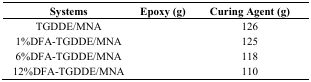
<table><thead><tr><td><b>Systems</b></td><td><b>Epoxy (g)</b></td><td><b>Curing Agent (g)</b></td></tr></thead><tbody><tr><td>TGDDE/MNA</td><td>[EMPTY_CELL]</td><td>126</td></tr><tr><td>1%DFA-TGDDE/MNA</td><td>[EMPTY_CELL]</td><td>125</td></tr><tr><td>6%DFA-TGDDE/MNA</td><td>[EMPTY_CELL]</td><td>118</td></tr><tr><td>12%DFA-TGDDE/MNA</td><td>[EMPTY_CELL]</td><td>110</td></tr></tbody></table>